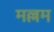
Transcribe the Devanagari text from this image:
मल्लम